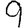
Digit: 9